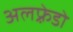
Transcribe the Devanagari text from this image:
अलफ़्रेडो